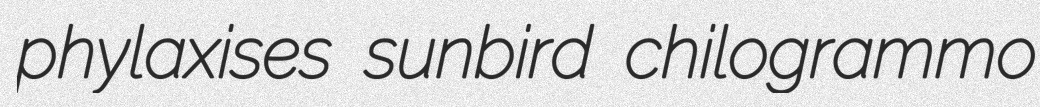
phylaxises sunbird chilogrammo